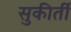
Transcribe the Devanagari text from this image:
सुकीर्ती